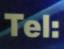
tel: